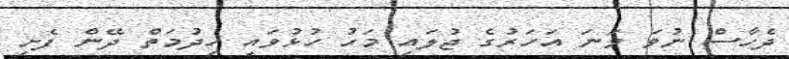
ދެހާސް ނުވަ ވަނަ އަހަރުގެ ޖުލައި މަހު ހުޅުވައި ހިދުމަތް ދޭން ފެށި